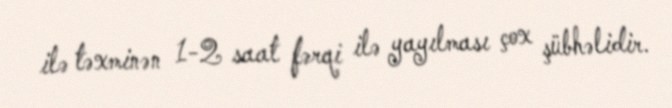
ilə təxminən 1-2 saat fərqi ilə yayılması çox şübhəlidir.